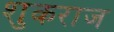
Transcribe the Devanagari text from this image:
शुकराज